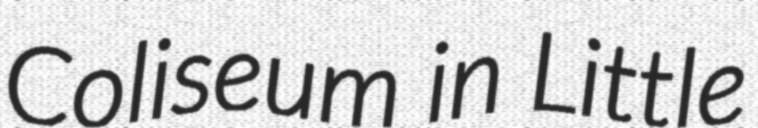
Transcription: Coliseum in Little